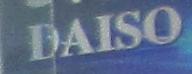
daiso